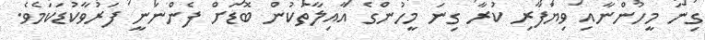
ގިނަ މީހުންނާއި ވިޔަފާރި ކުރާ ގިނަ މީހުންގެ އާއިލާތަކުން ބޮޑަށް ފެންނަނީ ފަރުވާކުޑަކަމެވެ.